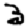
Digit: 3